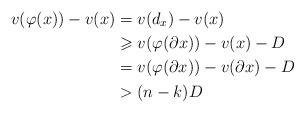
LaTeX: \begin{align*}v(\varphi(x)) - v(x) &= v(d_x) - v(x) \\ &\geqslant v(\varphi(\partial x)) - v(x) - D \\ &= v(\varphi(\partial x)) - v(\partial x) - D \\ &> (n-k)D\end{align*}